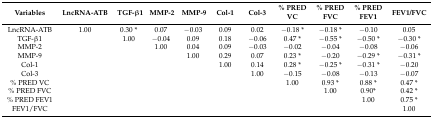
| Variables | LncRNA-ATB | TGF-β1 | MMP-2 | MMP-9 | Col-1 | Col-3 | % PRED VC | % PRED FVC | % PRED FEV1 | FEV1/FVC |
 | --- | --- | --- | --- | --- | --- | --- | --- | --- | --- | --- |
 | LncRNA-ATB | 1.00 | 0.30 * | 0.07 | −0.03 | 0.09 | 0.02 | −0.18 * | −0.18 * | −0.10 | 0.05 |
 | TGF-β1 |  | 1.00 | −0.04 | 0.09 | 0.18 | −0.06 | 0.47 * | −0.55 * | −0.50 * | −0.30 * |
 | MMP-2 |  |  | 1.00 | 0.04 | 0.09 | −0.03 | −0.02 | −0.04 | −0.08 | −0.06 |
 | MMP-9 |  |  |  | 1.00 | 0.29 | 0.07 | 0.23 * | −0.20 | −0.29 * | −0.31 * |
 | Col-1 |  |  |  |  | 1.00 | 0.14 | 0.28 * | −0.25 * | −0.31 * | −0.20 |
 | Col-3 |  |  |  |  |  | 1.00 | −0.15 | −0.08 | −0.13 | −0.07 |
 | % PRED VC |  |  |  |  |  |  | 1.00 | 0.93 * | 0.88 * | 0.47 * |
 | % PRED FVC |  |  |  |  |  |  |  | 1.00 | 0.90* | 0.42 * |
 | % PRED FEV1 |  |  |  |  |  |  |  |  | 1.00 | 0.75 * |
 | FEV1/FVC |  |  |  |  |  |  |  |  |  | 1.00 |